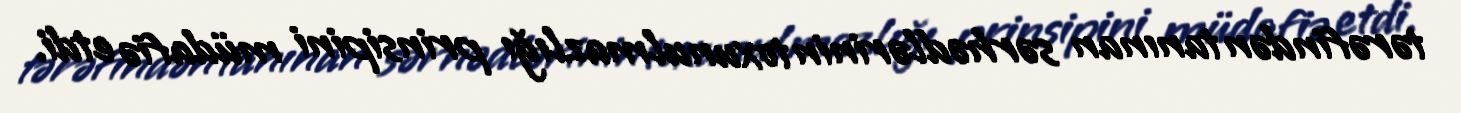
tərəfindən tanınan sərhədlərinin toxunulmazlığı prinsipini müdafiə etdi.